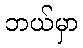
ဘယ်မှာ